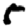
Digit: 5